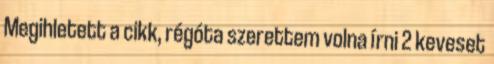
Megihletett a cikk, régóta szerettem volna írni 2 keveset